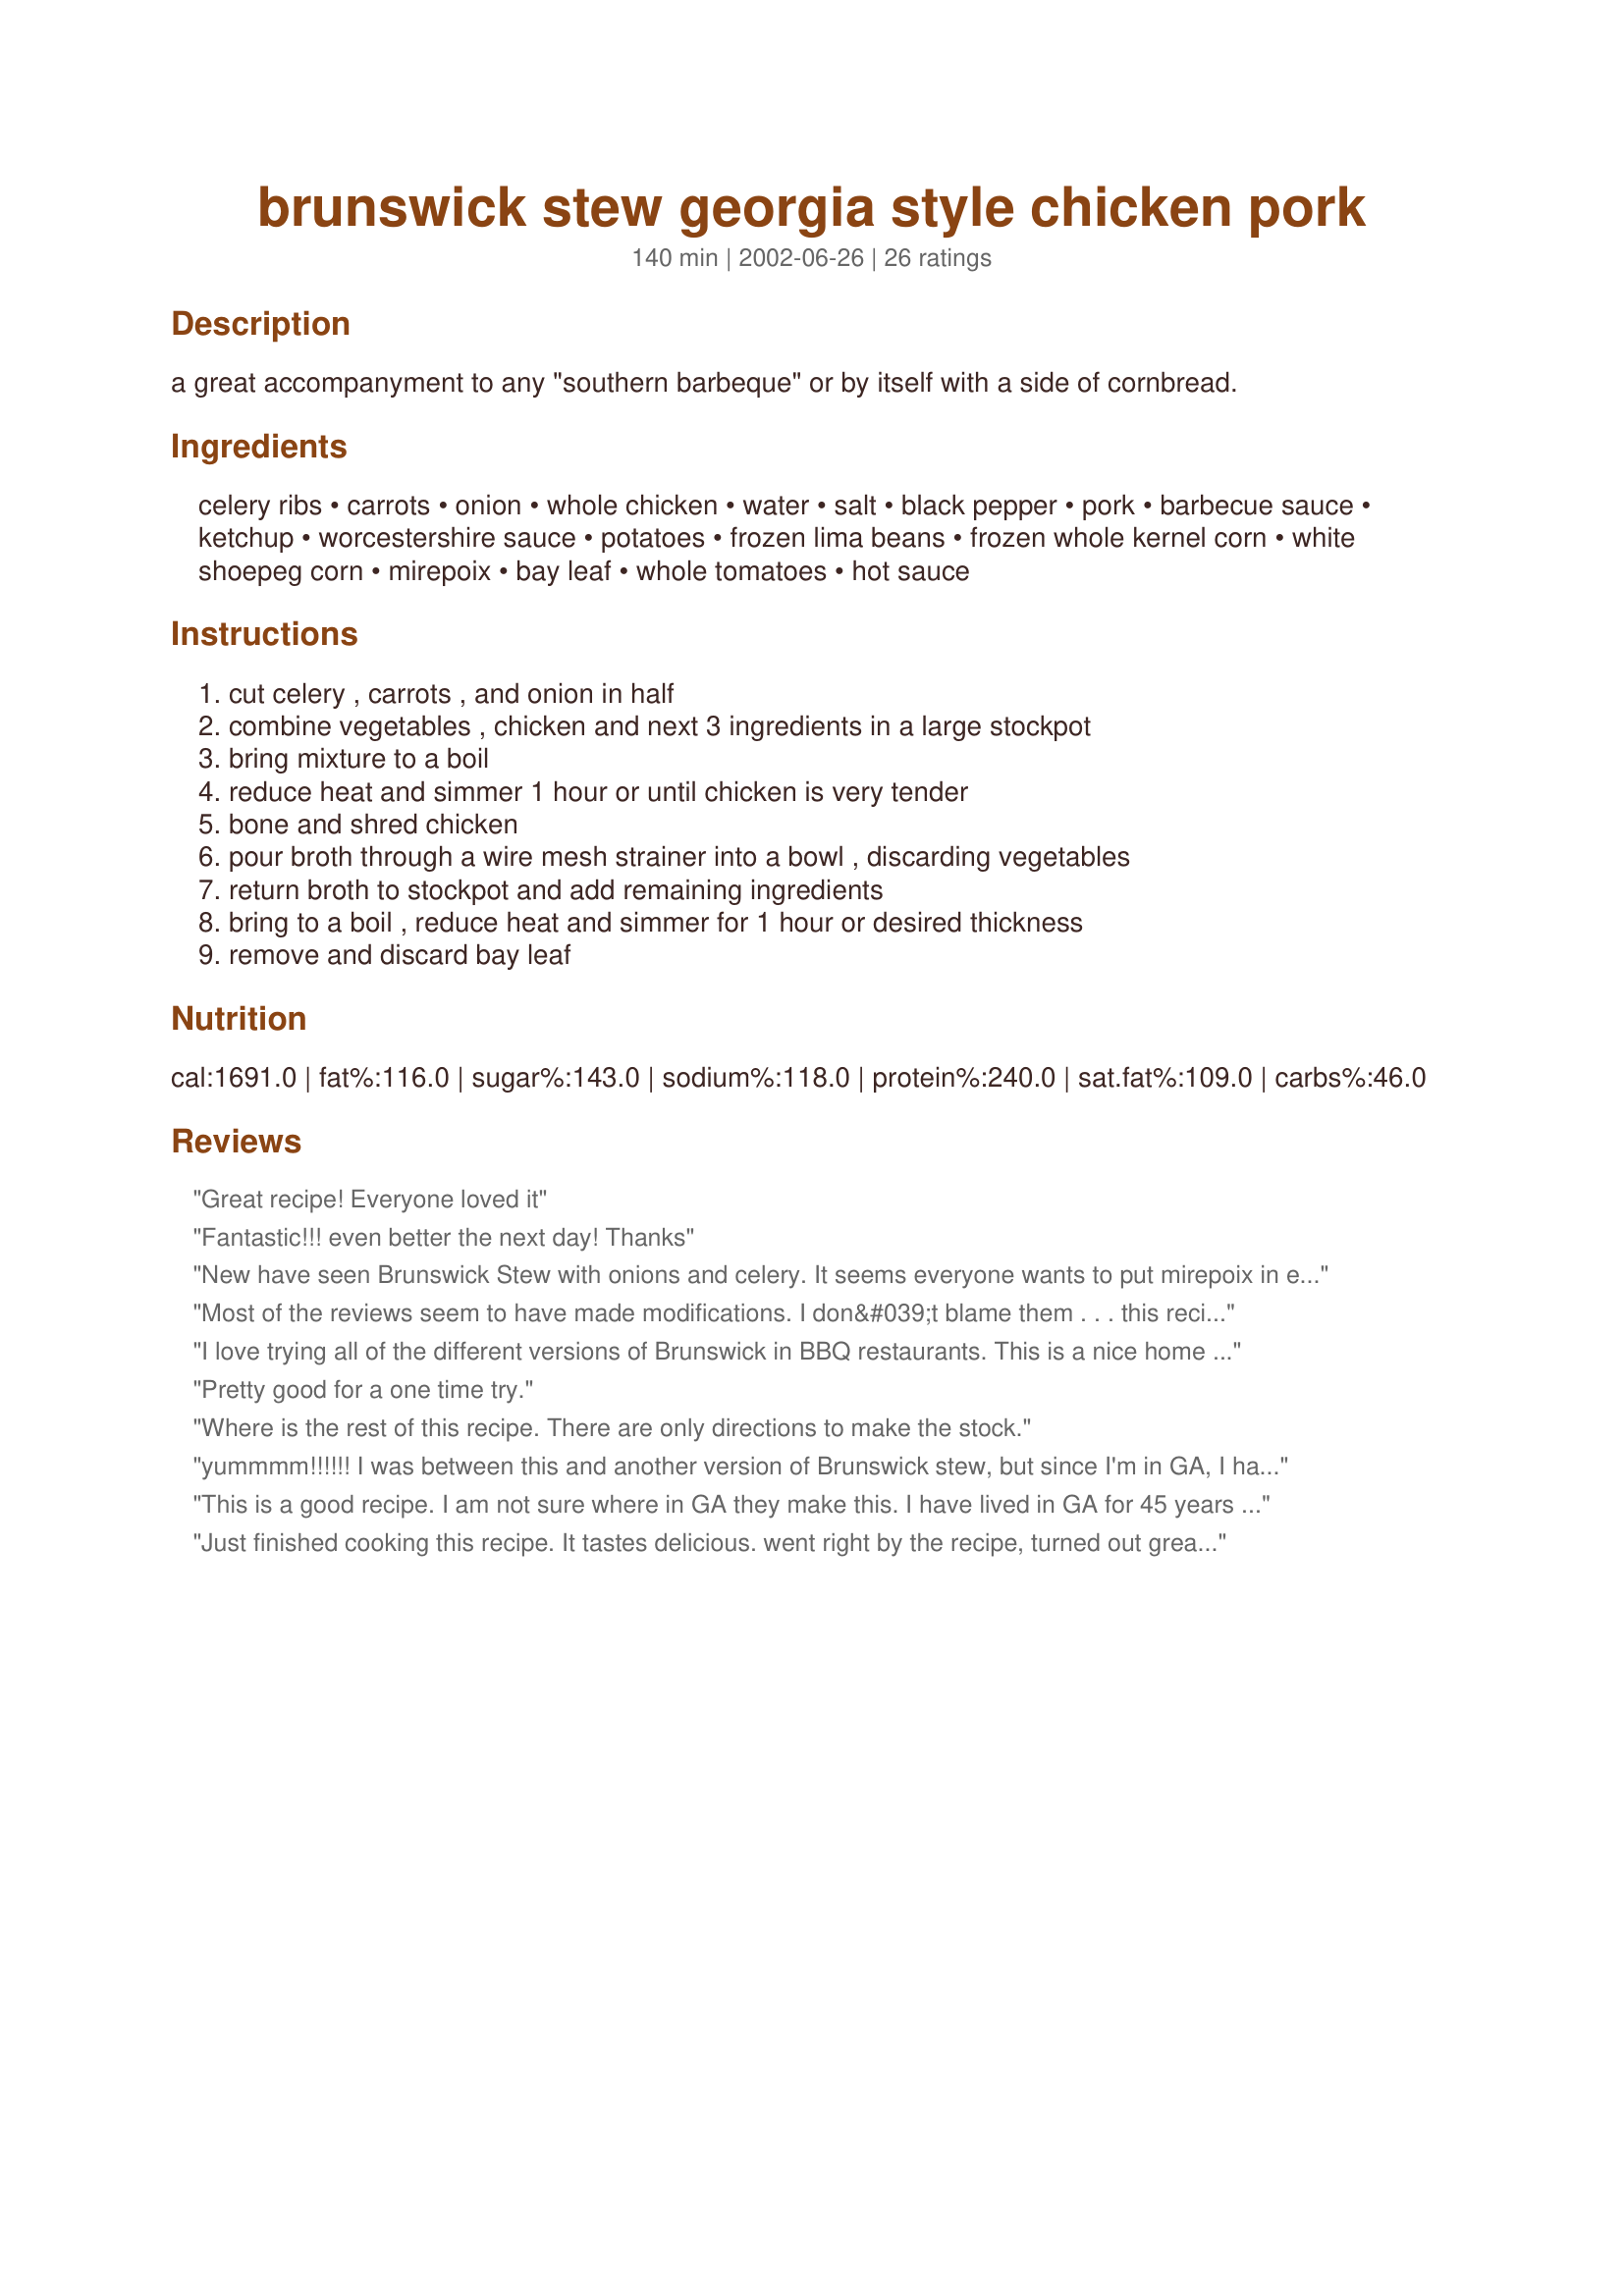
brunswick stew georgia style chicken pork
Preparation time: 140 minutes

a great accompanyment to any "southern barbeque" or by itself with a side of cornbread.

Ingredients:
celery ribs, carrots, onion, whole chicken, water, salt, black pepper, pork, barbecue sauce, ketchup, worcestershire sauce, potatoes, frozen lima beans, frozen whole kernel corn, white shoepeg corn, mirepoix, bay leaf, whole tomatoes, hot sauce

Steps:
cut celery , carrots , and onion in half, combine vegetables , chicken and next 3 ingredients in a large stockpot, bring mixture to a boil, reduce heat and simmer 1 hour or until chicken is very tender, bone and shred chicken, pour broth through a wire mesh strainer into a bowl , discarding vegetables, return broth to stockpot and add remaining ingredients, bring to a boil , reduce heat and simmer for 1 hour or desired thickness, remove and discard bay leaf

Reviews:
Great recipe! Everyone loved it
Fantastic!!! even better the next day! Thanks
New have seen Brunswick Stew with onions and celery. It seems everyone wants to put mirepoix in everytHong but it does not belong in Brunswick Stew. And I live in Georgia. My Grandmother was Irish and Cherokee. Never have I seen Brunswick Stew like this. Leave put the mirepoix and it's eatable. Wouldn't make again. Just not my Brunswick stew.
Most of the reviews seem to have made modifications. I don&#039;t blame them . . . this recipe is way too short on details. It leaves out too much! I&#039;ve made this three times now and it took that much trial and error to make it work.

For instance how big of a chicken? They can range from 2lb fryers to 6lb roasters. That&#039;s a BIG difference. Also given the measurements here I found that 1hr isn&#039;t nearly enough time to even cook the ingredients, much less &quot;thicken&quot; the stew.

When I made it as described using a medium chicken (3.5lb) I ended up with not 3.5qt but 5qt of finished product, and even after 3 hours I still had soup rather than stew. I had to use a cornstarch slurry to thicken it.
I love trying all of the different versions of Brunswick in BBQ restaurants. This is a nice home style starter recipe that can be easily adjusted to your own taste. My first attempt followed the recipe with only a few minor changes. I used peas instead of lima beans (wife does not like lima beans). I also used boneless chicken breast and my own BBQ pork.
Pretty good for a one time try.
Where is the rest of this recipe. There are only directions to make the stock.
yummmm!!!!!! I was between this and another version of Brunswick stew, but since I'm in GA, I had to make this one and boy was it good! I made this with my pressure cooker and it still took quite a while since it was a two step process. I used BBQ ready made pork from a package and kept everything else the same and it was excellent. Really pleased and this will be a keeper. Thanks for posting and I will try some of your others too. :)
This is a good recipe. I am not sure where in GA they make this. I have lived in GA for 45 years and i have never had or made this with carrots.
Just finished cooking this recipe. It tastes delicious. went right by the recipe, turned out great. I posted the above comment a little over a year ago. So now I'm revising it. I've made this recipe 6, or 7 times for friends, and family. They all love it. I have since modified it somewhat. I have substituted chicken broth instead of water, and I now use 2 tablespoons of minced garlic. And because the chicken looses it's taste to the water when it's boiled I roast the chicken in the oven. The roast chicken just gives the stew another depth of flavor. Thanks again for the recipe.
This has to be the best stew recipe ever. The only thing I did differently was instead of pork and barbecue sauce I used Brookwood Farms pulled pork barbecue. I considered not eating it 4 days in a row but tossed that idea. 4 days and counting.
Great!! Just like my Mama & Grandmana used to make!! I did add okra, as that's what they did, but I think that's just family preference! Thanks for posting!!
This was very good! I used leftover cut up chicken from the freezer (so skipped the first step), and chopped up barbeque'd pork butt from last night's dinner. Was in a hurry so took additional shortcuts: Added canned chicken broth and used canned, diced potatoes, diced tomatoes and left off the ketchup. This freezes well too. Brought me back to my childhood growing up in Georgia!
This is sooooo good! This recipe tastes exactly like the Brunswick Stew my dad used to make to serve at summer barbecues! I made it exactly as directed, making my own pulled pork the day before. I tasted the stew 1 hour after simmering to review and the flavor is awesome, but still liquid-y, more soup-like . I will continue simmering it down until I get a more stew-like consistency that can be eaten with a fork, rather than a spoon. Give this stew a generous helping of Tabasco - This is a definitely try recipe! Thanks for sharing, johnvac52!
This is a MAN'S meal for sure! The whole friggen farm is in here. OMG! The men in my family loved it. I did not. Being I am 1 and they are 5, I gave it 4 stars. I used pre-cooked Foster Farms Chicken strips & pre-cooked shredded BBQ pork and omitted lima beans-EW! This truly is a Southern meal t/b eaten w/recipe #116185, honey cornbread. TY for sharing.
Wow! Very much like the Brunswick stew I remember from the Hickory House in Atlanta. I used packaged barbequed pork (don't remember the brand) and did not add the mirepoix or the hot sauce. Next time I would substitute crushed tomatoes for the whole tomatoes. I cooked the chicken one day and then put it in the fridge so I could remove the fat from the broth the next day.
This is &quot;exactly&quot; how I remember Brunswick Steve in Georgia and Alabama 50 years ago. The picture is perfect. Meat was cooked until it shredded. We did not mix the sauce and meat with the vegetables other than onion and diced tomatoes until just before finishing the pot. The sauce was thickened slightly before adding the already cooked veggies and after pulling out the celery stalks. Potatoes and hunks of carrot were cooked separately and added at the end of the cooking cycle. Diced tomatoes and onions were added to the meat broth/sauce about ten minutes before thickening. We put celery stalks in the meat broth as it cooked and then fished them out. As for the rest of the vegetables, we used whatever was handy or left over from corn, to beans, to okra. Every cook had their own little twist. We didn&#039;t use Worcheshire or bay leaf. In our neck of the woods, and when we had it, we used African Chicken Peri-Peri spice to the cook&#039;s taste and a lid full of vinegar if we found it too sweet tasting. Our meats were a mixture of leftovers, and usually just chicken and pork. The whole idea of Brunswick Stew is to use your leftovers to make it as far as I can remember. We hardly ever could afford beef and I don&#039;t remember it being an ingredient.
Made for family reunion and got great reviews from the family. I did leave the carrots in.
This recipe is delicious! It tastes just like the Brunswick stew served in Georgia restaurants but better. I cut the recipe in half and used two large leg quarters instead of a whole chicken. Also, I added red and green bell peppers to the mix. I slow cooked a four pound pork roast in the oven and used half of it in the recipe. For the BBQ sauce, I used Sweet Baby. I mixed all of the ingredients together and let it simmer for an hour. It came out very thick and chunky. This recipe takes some work but well worth the end result. It is definitely a keeper!
Living in Georgia my entire life I LOVE Brunswick stew But my favorite go-to fat freddies shut down :(. So looking for an at-home version I have this a shot. Not sure if I've ever had the stew with lima beans &amp; potatoes in it (that might be a north Georgia thing) but I thought why not. Not wanting to put carrots in my stew (who does that? Idk) I just used chicken broth with a tsp of onion powder &amp; garlic in it. The stew was really good but too sweet in my opinion to be authentic Georgia Brunswick stew. Maybe if you haven't had it in a while &amp; you're just craving it this is great. If you want it more authentic, stir in a few tbsp of mustard, add some okra, &amp; skip the bay leaf. No matter what you put in a stew, a bay leaf will overpower it Every time. You will want to enjoy all the different flavors &amp; textures of Brunswick stew. Overall a good recipe.
Haven't tried it yet but best recipe I've seen, and besides it's from my home state
Makes a ton! &lt;br/&gt;Used chx and leftover ham&lt;br/&gt;Made in crockpot. cooked all day. Served with cornbread
I moved from Georgia to Texas in 2006 and I had a sudden craving for some rib sticking roots food. I found this recipe and it is worth the time and money. It is amazing! It has substance and volume. It&#039;s enough where when your done crumbling your cornbread in it for few days, you still can ration it out in quart size freezer bags to heat up later months down the road. I wouldn&#039;t change a thing about the recipe. It&#039;s truly represents the deep south culinary culture.
I am cooking this tomorrow, and I know that I shouldn&#039;t rate something before I&#039;ve actually made it, but this is the only way to make a comment. If it turns out to be a disaster, I will edit my rating, lol!
That said, I can tell by reading the recipe, that this should be awesome! I have a little over a pound of leftover smoked pulled pork, from a local smokehouse. I picked up a smoked chicken today, as well as the rest of the ingredients.
Because it&#039;s impossible to find vinegar-based BBQ sauce around here, I may add some apple cider vinegar to cut the sweetness of the BBQ sauce. I&#039;m hoping that the Worchestershire sauce in this recipe can do the job.
My college roomate&#039;s family cooked Brunswick Stew, every fall, in a gigantic cast iron pot, stirred with a boat paddle, and to keep it authentic, included squirrel. We were the happy receipents of frozen containers.
Other than squirrel, which I wouldn&#039;t eat now, anyway, this recipe looks the closest to what I remember!
I&#039;ll let y&#039;all know how it turns out.......
I am a middle~aged widow on a very tight income. I used to work at an upscale Bar~B~Que place in Jacksonville,Florida. I have not had any Brunswick Stew since we left Florida in 2001. I am now trying to sell my place to get back to Florida. Thank you so much for this recipe. For some reason I was thinking about this tonight and I thought, hey now we have computers,maybe I can find a recipe. I have everything but a few things,and knowing what I'm doing in the kitchen,(among other things) haha I can adjust this very easily for the Crock Pot. I cannot wait to try this. Thank you again so much. From what I see in the reviews, this is going to be great. I do have to run for cat food tomorrow. I might as well get what I need and crank up the Crock Pot tomorrow too.
There are 60+ recipes for Brunswick Stew on this recipe site. I read just about all of them. I chose this one. I was not dissapointed. This is a 5 star recipe. The only minor changes I made: used low sodium chicken broth for the water, used 2 cans (15 oz.) tomato sauce instead of canned tomatoes, added four roasted garlic cloves to the mirepoix. I used prepackaged barbequed pulled pork and also cooked chicken the day before and removed fat from chicken broth. The only change I would do next time, and there will be a next time, is add the chicken and pork at the finish. Excellent and the best Brunswick Stew recipe on the web. I know I read them all!
My husband says; he is sending me and this recipe to Ga. for the next Brunswick Stew cook off and it will be a winner.
